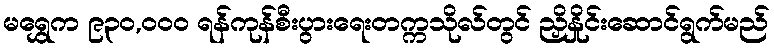
မရွှေက ၉၃၀,ဝဝဝ ရန်ကုန်စီးပွားရေးတက္ကသိုလ်တွင် ညှိနှိုင်းဆောင်ရွက်မည်